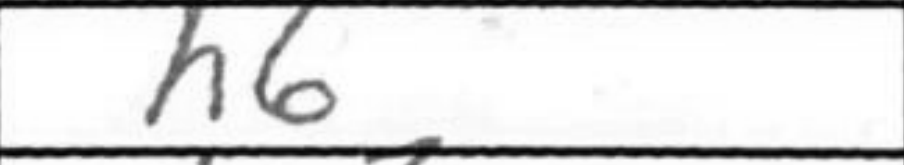
Transcription: h6